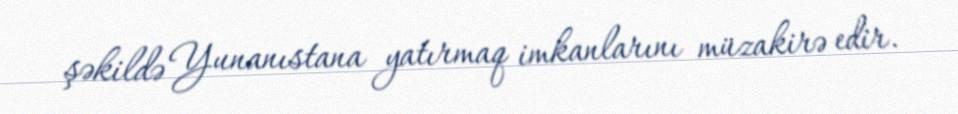
şəkildə Yunanıstana yatırmaq imkanlarını müzakirə edir.